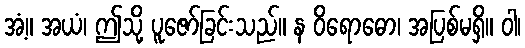
အံ့။ အယံ၊ ဤသို့ ပူဇော်ခြင်းသည်။ န ဝိရောဓော၊ အပြစ်မရှိ။ ဝါ၊